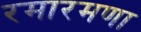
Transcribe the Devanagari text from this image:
रमारमणा